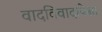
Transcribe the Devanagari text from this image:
वादविवादांपेक्षा